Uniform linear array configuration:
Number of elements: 4
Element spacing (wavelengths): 1
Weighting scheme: exponential
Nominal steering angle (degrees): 0
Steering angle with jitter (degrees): -1.263
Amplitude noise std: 0.05
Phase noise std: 0.05

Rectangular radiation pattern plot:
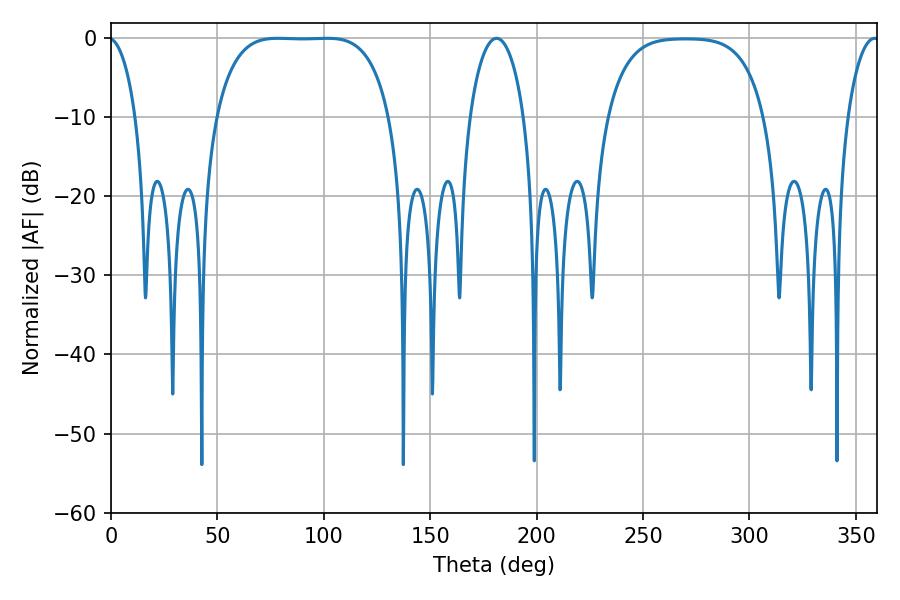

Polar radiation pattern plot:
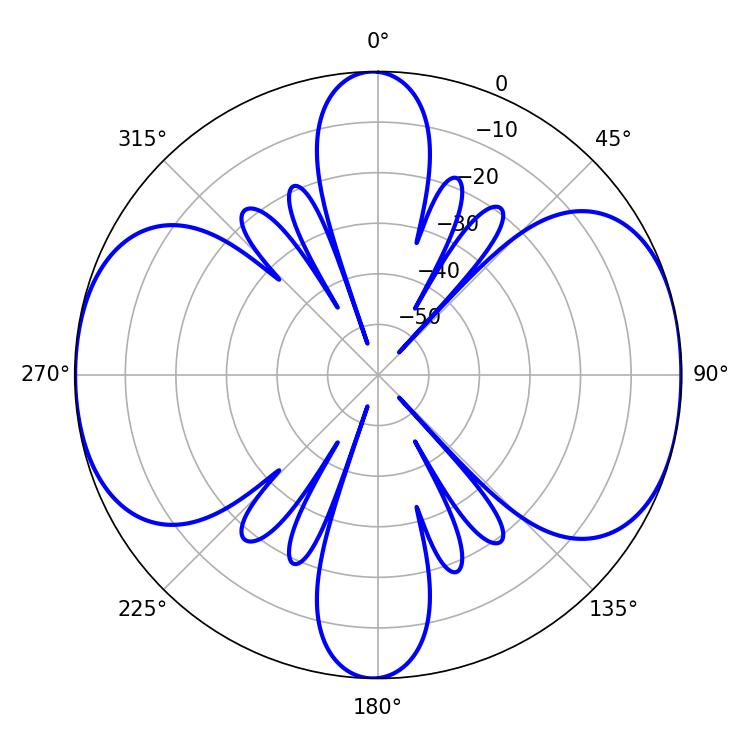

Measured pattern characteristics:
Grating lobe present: TRUE
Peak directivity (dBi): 11.149
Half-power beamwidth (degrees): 63
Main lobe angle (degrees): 78.3